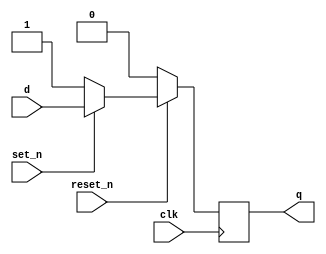
// Sync Set/Resettable D Flip-Flop
module _dff_rs_sync(clk, set_n, reset_n, d, q);
	input clk, set_n, reset_n, d;
	output q;
	reg q;

	always@(posedge clk)
	begin
		if(reset_n == 0) q <= 1'b0;
		else if(set_n == 0) q <= 1'b1;
		else q <= d;
	end
	// Note : D F/F with active-low synchronous reset and set
endmodule